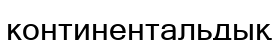
континентальдық